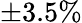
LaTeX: \pm 3.5\%